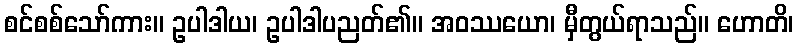
စင်စစ်သော်ကား။ ဥပါဒါယ၊ ဥပါဒါပညတ်၏။ အဝဿယော၊ မှီတွယ်ရာသည်။ ဟောတိ၊